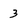
Character: 3